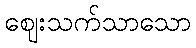
ဈေးသက်သာသော